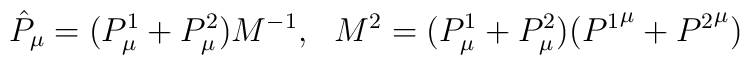
\hat{P}_\mu=(P^1_\mu+P^2_\mu)M^{-1},\,\,\,\,M^2=(P^1_\mu+P^2_\mu)({P^1}^\mu+{P^2}^\mu)